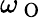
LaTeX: \omega_{\mathrm{~O~}}